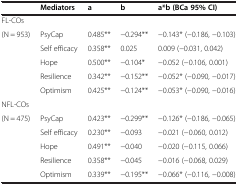
<table><thead><tr><td><b> </b></td><td><b>Mediators</b></td><td><b>a</b></td><td><b>b</b></td><td><b>a*b (BCa 95% CI)</b></td></tr></thead><tbody><tr><td>FL-COs</td><td> </td><td> </td><td> </td><td> </td></tr><tr><td>(N = 953)</td><td>PsyCap</td><td>0.485**</td><td>−0.294**</td><td>−0.143* (−0.186, −0.103)</td></tr><tr><td> </td><td>Self efficacy</td><td>0.358**</td><td>0.025</td><td>0.009 (−0.031, 0.042)</td></tr><tr><td> </td><td>Hope</td><td>0.500**</td><td>−0.104*</td><td>−0.052 (−0.106, 0.001)</td></tr><tr><td> </td><td>Resilience</td><td>0.342**</td><td>−0.152**</td><td>−0.052* (−0.090, −0.017)</td></tr><tr><td> </td><td>Optimism</td><td>0.425**</td><td>−0.124**</td><td>−0.053* (−0.090, −0.016)</td></tr><tr><td>NFL-COs</td><td> </td><td> </td><td> </td><td> </td></tr><tr><td>(N = 475)</td><td>PsyCap</td><td>0.423**</td><td>−0.299**</td><td>−0.126* (−0.186, −0.065)</td></tr><tr><td> </td><td>Self efficacy</td><td>0.230**</td><td>−0.093</td><td>−0.021 (−0.060, 0.012)</td></tr><tr><td> </td><td>Hope</td><td>0.491**</td><td>−0.040</td><td>−0.020 (−0.115, 0.066)</td></tr><tr><td> </td><td>Resilience</td><td>0.358**</td><td>−0.045</td><td>−0.016 (−0.068, 0.029)</td></tr><tr><td> </td><td>Optimism</td><td>0.339**</td><td>−0.195**</td><td>−0.066* (−0.116, −0.008)</td></tr></tbody></table>